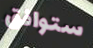
ستوافق